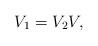
LaTeX: \begin{align*}V_1=V_2V,\end{align*}